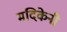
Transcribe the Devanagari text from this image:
मदिकेनी